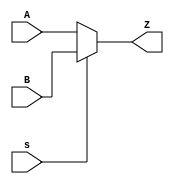
`timescale 1ns / 1ps
//5-bit 2-to-1 multiplexer
module mux_2_5(A,B,Z,s);
input[4:0] A,B;
input s;
output[4:0] Z;
assign Z=(s==0)?A:B;
endmodule